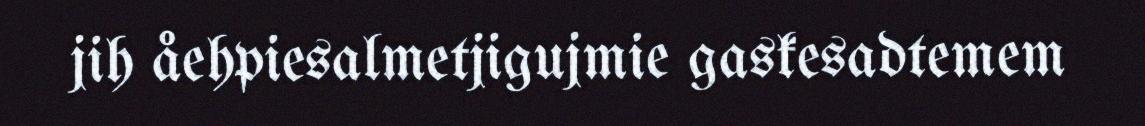
jih åehpiesalmetjigujmie gaskesadtemem